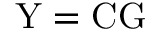
\mathrm { Y } = \mathrm { C G }